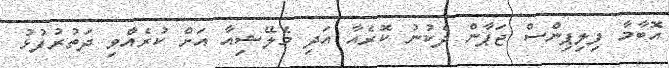
އޮބާމާ ފިލިޕިންސް ޖަޕާން ދެކުނު ކޮރެއާ އަދި މެލޭޝިއާ އަށް ކުރެއްވި ދަތުރުފުޅު